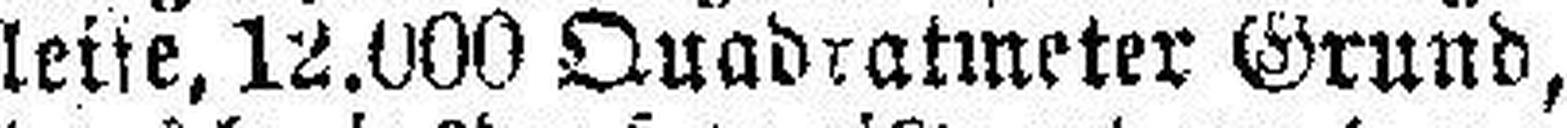
leise, 12.000 Quadratmeter Grund,